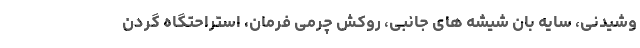
وشیدنی، سایه بان شیشه های جانبی، روکش چرمی فرمان، استراحتگاه گردن